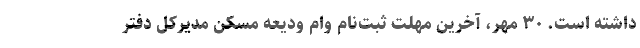
داشته است. ۳۰ مهر، آخرین مهلت ثبت‌نام وام ودیعه مسکن مدیرکل دفتر